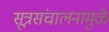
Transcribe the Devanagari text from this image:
सूत्रसंचालनामुळे